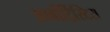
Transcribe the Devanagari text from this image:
आर्बोर्ट्रिस्टिस